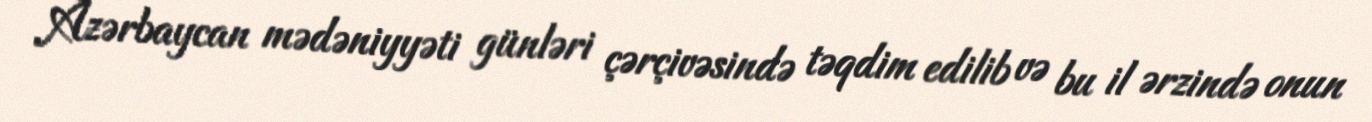
Azərbaycan mədəniyyəti günləri çərçivəsində təqdim edilib və bu il ərzində onun